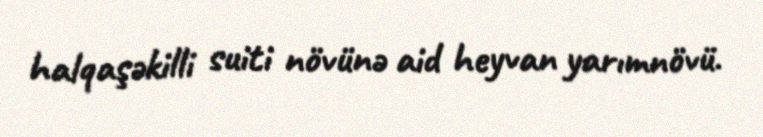
halqaşəkilli suiti növünə aid heyvan yarımnövü.